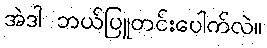
အဲဒါ ဘယ်ပြူတင်းပေါက်လဲ။